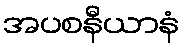
အပစနီယာနံ